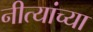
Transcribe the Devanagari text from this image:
नीत्यांच्या